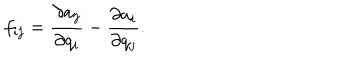
LaTeX: f _ { i j } = \frac { \partial a _ { j } } { \partial q _ { i } } - \frac { \partial a _ { i } } { \partial q _ { j } } .